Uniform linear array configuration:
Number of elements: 64
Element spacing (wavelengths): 0.25
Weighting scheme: exponential
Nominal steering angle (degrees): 60
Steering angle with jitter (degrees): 61.48
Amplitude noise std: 0.05
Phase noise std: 0.05

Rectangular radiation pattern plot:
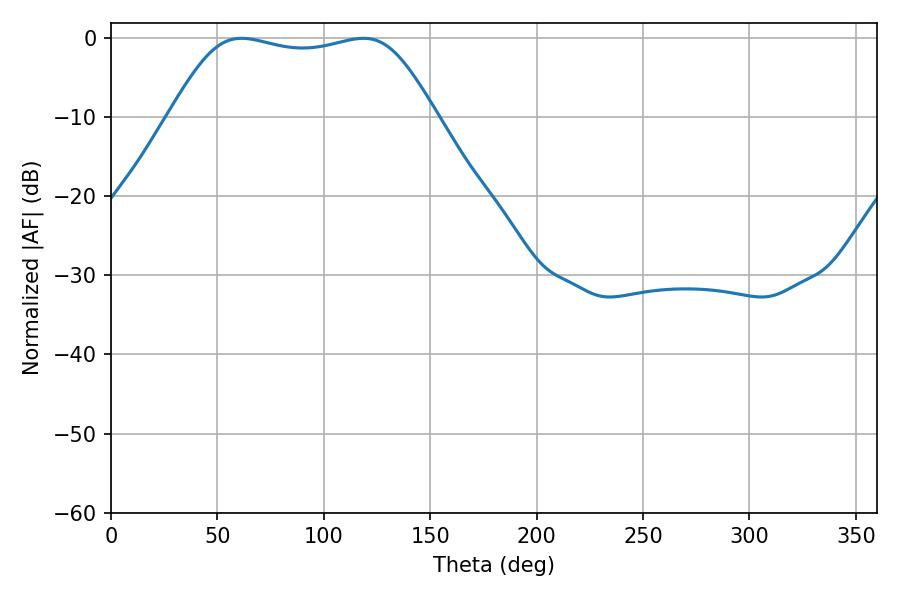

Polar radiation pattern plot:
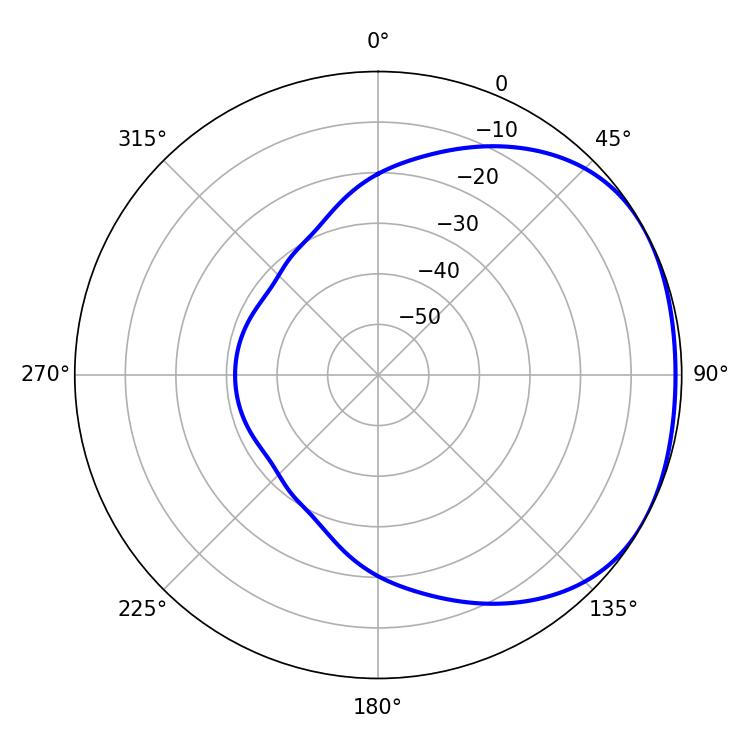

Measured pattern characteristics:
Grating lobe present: FALSE
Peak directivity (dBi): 1.704
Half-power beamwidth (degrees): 94.68
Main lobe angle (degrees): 61.38